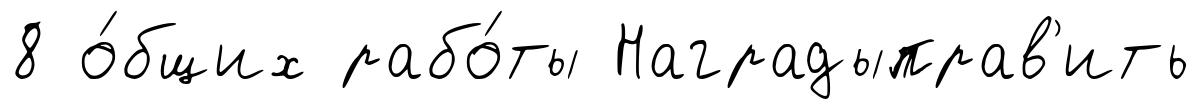
8 о́бщих рабо́ты Наградыправ'ить